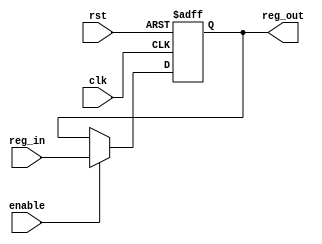
module register32(
    input [31:0] reg_in,
    input enable,
    input clk, rst,
    output reg [31:0] reg_out
    );
    always @(posedge clk, posedge rst) begin
        if (rst == 1) reg_out = 0;
		  else reg_out = (enable)? reg_in : reg_out;   
    end

endmodule